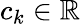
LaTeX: c_{k}\in\mathbb{R}